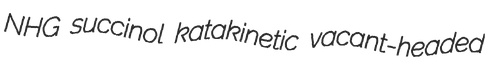
NHG succinol katakinetic vacant-headed